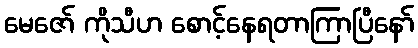
မေဇော် ကိုသီဟ စောင့်နေရတာကြာပြီနော်